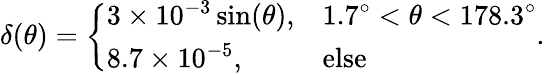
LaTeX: \delta(\theta)=\left\{ \begin{array}{ll}{3\times 10^{-3}\sin(\theta),}&{1.7^{\circ}<\theta<178.3^{\circ}}\\ {8.7\times 10^{-5},}&{\textrm{else}}\end{array}\right..